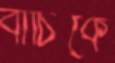
বাচিকে